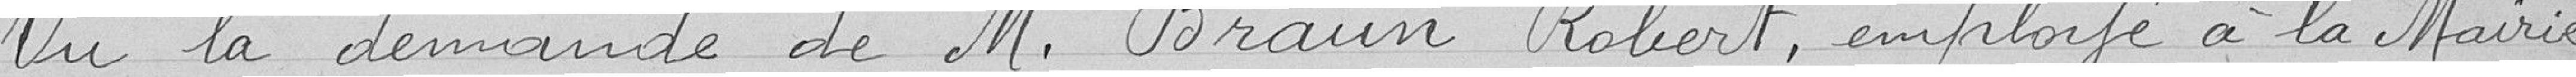
Vu la demande de Monsieur Braun Robert, employé à la Mairie